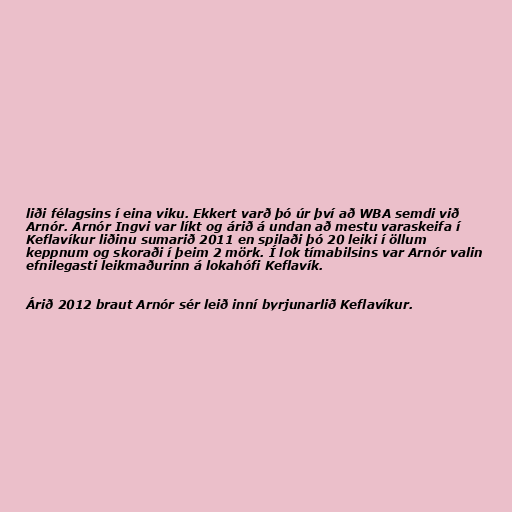
liði félagsins í eina viku. Ekkert varð þó úr því að WBA semdi við
Arnór. Arnór Ingvi var líkt og árið á undan að mestu varaskeifa í
Keflavíkur liðinu sumarið 2011 en spilaði þó 20 leiki í öllum
keppnum og skoraði í þeim 2 mörk. Í lok tímabilsins var Arnór valin
efnilegasti leikmaðurinn á lokahófi Keflavík.

Árið 2012 braut Arnór sér leið inní byrjunarlið Keflavíkur.